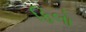
ફિલો